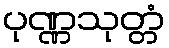
ပုဏ္ဏသုတ္တံ